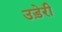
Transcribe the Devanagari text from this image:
उड़ेरी